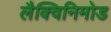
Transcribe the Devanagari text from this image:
लैक्विनिमोड